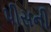
પીસની